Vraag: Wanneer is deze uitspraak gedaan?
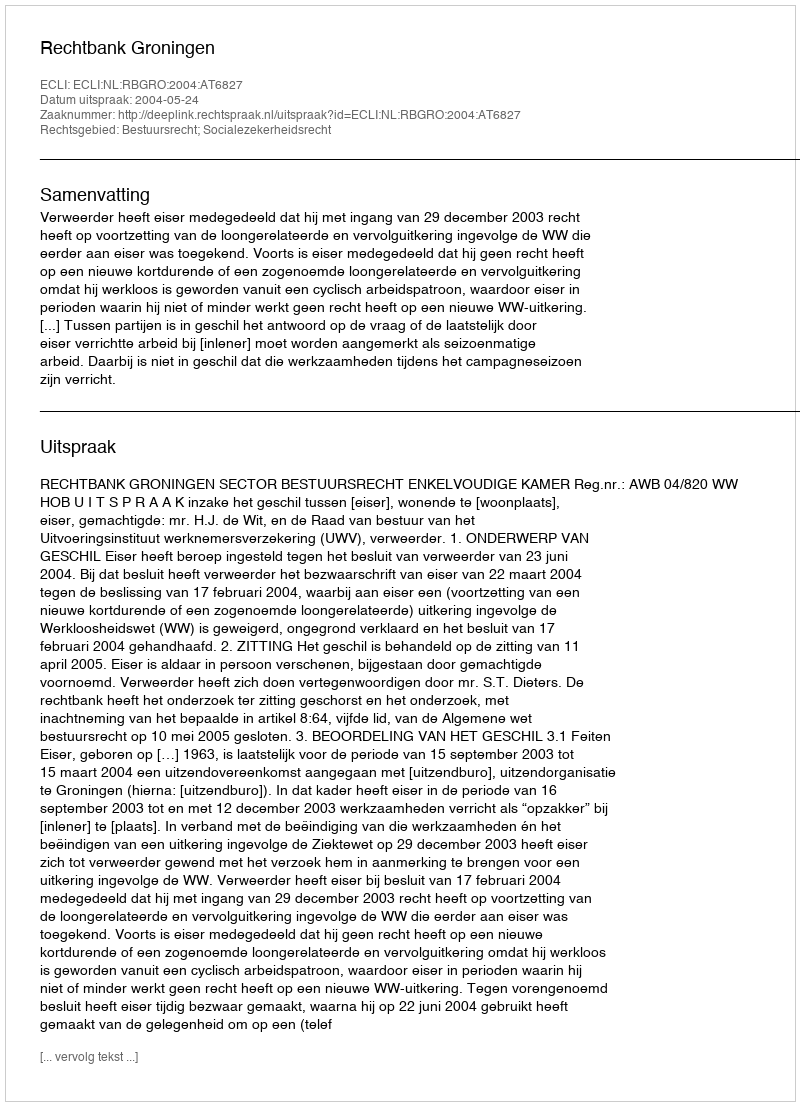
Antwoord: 2004-05-24